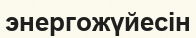
энергожүйесін